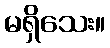
မရှိသေး။